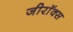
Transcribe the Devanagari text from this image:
जीराॅक्स